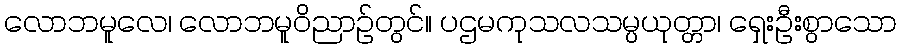
လောဘမူလေ၊ လောဘမူဝိညာဉ်တွင်။ ပဌမကုသလသမ္ပယုတ္တာ၊ ရှေးဦးစွာသော